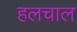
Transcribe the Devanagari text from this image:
हलचाल